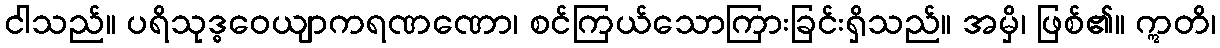
ငါသည်။ ပရိသုဒ္ဓဝေယျာကရဏဏော၊ စင်ကြယ်သောကြားခြင်းရှိသည်။ အမှိ၊ ဖြစ်၏။ ဣတိ၊